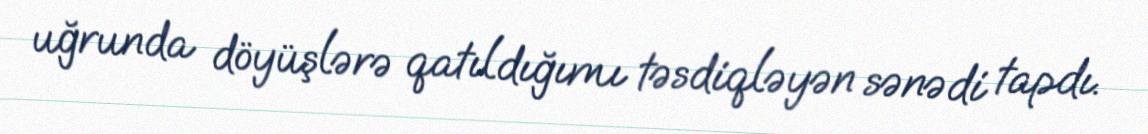
uğrunda döyüşlərə qatıldığımı təsdiqləyən sənədi tapdı.